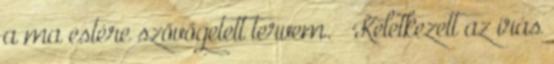
a ma estére szövögetett tervem. » Keletkezett az írás